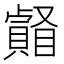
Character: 𥌄